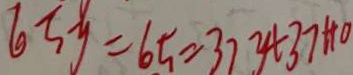
6 5 y = 6 5 = 3 7 y + 3 7 + 1 0